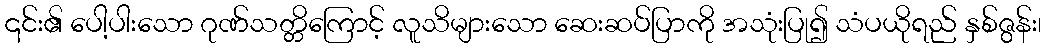
၎င်း၏ ပေါ့ပါးသော ဂုဏ်သတ္တိကြောင့် လူသိများသော ဆေးဆပ်ပြာကို အသုံးပြု၍ သံပယိုရည် နှစ်ဇွန်း၊